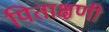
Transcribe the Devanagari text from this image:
पिताक्षणी